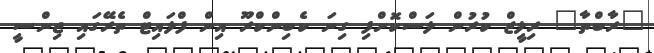
"ރާބްތާ" ރިލީޒް ކުރުން ލަސްކޮށްފި ގިނަ ކެބިންކްރޫ އިން ފްލައިޓް ތެރޭގައި ޖިންސީ